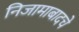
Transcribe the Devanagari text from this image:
निजामाबादचे